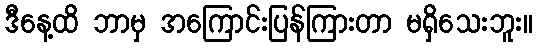
ဒီနေ့ထိ ဘာမှ အကြောင်းပြန်ကြားတာ မရှိသေးဘူး။